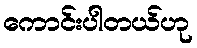
ကောင်းပါတယ်ဟု